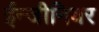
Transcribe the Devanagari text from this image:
ईन्जीनियर